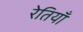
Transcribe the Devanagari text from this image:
रेतियाँ